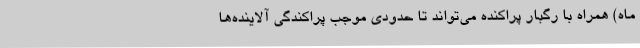
ماه) همراه با رگبار پراکنده می‌تواند تا حدودی موجب پراکندگی آلاینده‌ها